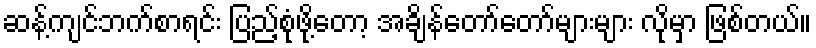
ဆန့်ကျင်ဘက်စာရင်း ပြည့်စုံဖို့တော့ အချိန်တော်တော်များများ လိုမှာ ဖြစ်တယ်။